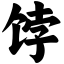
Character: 饽